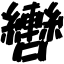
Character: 轡